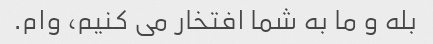
بله و ما به شما افتخار می کنیم، وام.